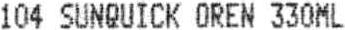
104 SUNQUICK OREN 330ML